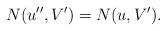
LaTeX: \begin{align*}N(u'',V')=N(u,V').\end{align*}